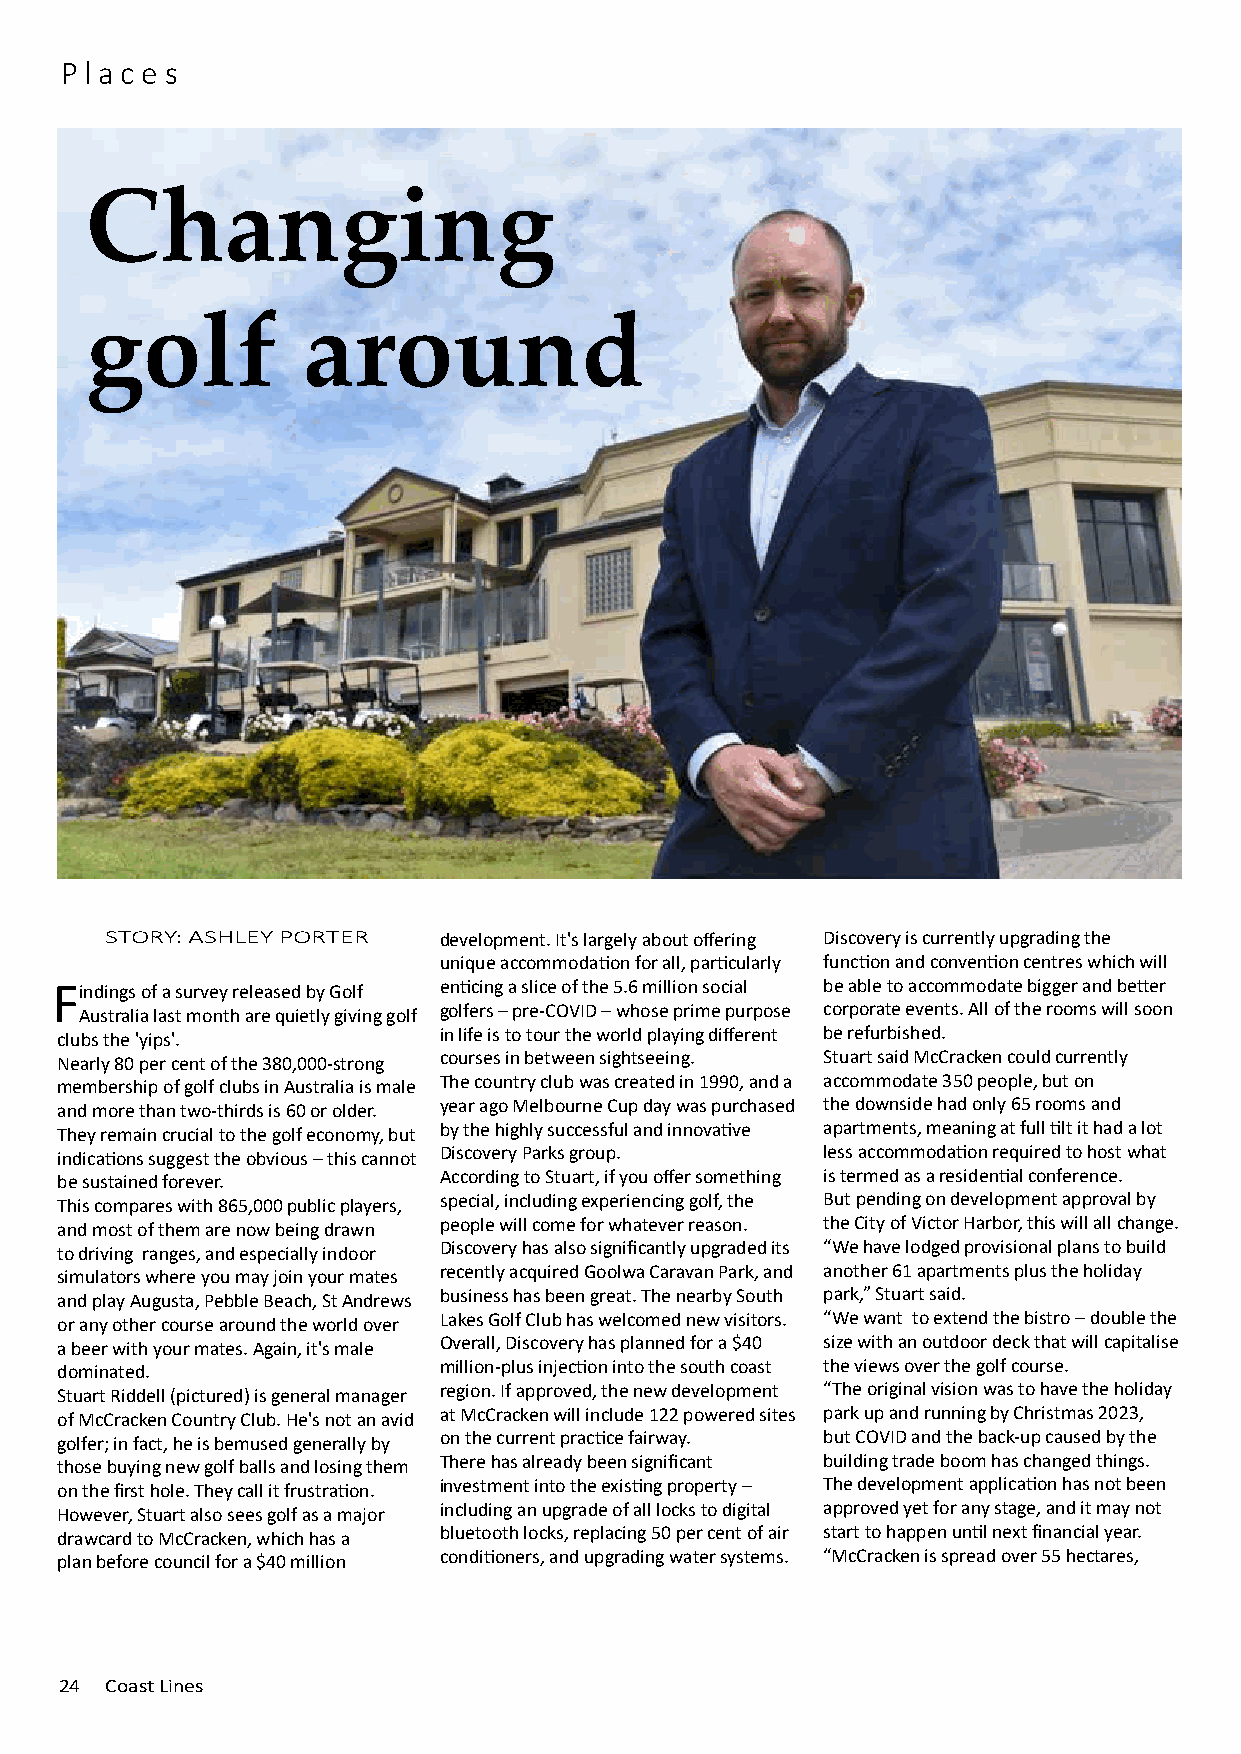
P l a c e s
 Changing
 golf          around
 Golf clubs are needing to find better ways to attract new players because today's
 generation is turning to reality golf games. Victor Harbor needs better accommodation.
 The McCracken Country Club is having a shot at both and it's a winner. It's...
 STORY: ASHLEY PORTER  development. It's largely about offering Discovery is currently upgrading the
 unique accommodation for all, particularly function and convention centres which will
 Findings of a survey released by Golf enticing a slice of the 5.6 million social be able to accommodate bigger and better
 Australia last month are quietly giving golf golfers – pre-COVID – whose prime purpose corporate events. All of the rooms will soon
 clubs the 'yips'.        in life is to tour the world playing different be refurbished.
 Nearly 80 per cent of the 380,000-strong courses in between sightseeing. Stuart said McCracken could currently
 membership of golf clubs in Australia is male The country club was created in 1990, and a accommodate 350 people, but on
 and more than two-thirds is 60 or older. year ago Melbourne Cup day was purchased the downside had only 65 rooms and
 They remain crucial to the golf economy, but by the highly successful and innovative apartments, meaning at full tilt it had a lot
 indications suggest the obvious – this cannot Discovery Parks group. less accommodation required to host what
 be sustained forever.    According to Stuart, if you offer something is termed as a residential conference.
 This compares with 865,000 public players, special, including experiencing golf, the But pending on development approval by
 and most of them are now being drawn people will come for whatever reason. the City of Victor Harbor, this will all change.
 to driving ranges, and especially indoor Discovery has also significantly upgraded its “We have lodged provisional plans to build
 simulators where you may join your mates recently acquired Goolwa Caravan Park, and another 61 apartments plus the holiday
 and play Augusta, Pebble Beach, St Andrews business has been great. The nearby South park,” Stuart said.
 or any other course around the world over Lakes Golf Club has welcomed new visitors. “We want to extend the bistro – double the
 a beer with your mates. Again, it's male Overall, Discovery has planned for a $40 size with an outdoor deck that will capitalise
 dominated.               million-plus injection into the south coast the views over the golf course.
 Stuart Riddell (pictured) is general manager region. If approved, the new development “The original vision was to have the holiday
 of McCracken Country Club. He's not an avid at McCracken will include 122 powered sites park up and running by Christmas 2023,
 golfer; in fact, he is bemused generally by on the current practice fairway. but COVID and the back-up caused by the
 those buying new golf balls and losing them There has already been significant building trade boom has changed things.
 on the first hole. They call it frustration. investment into the existing property – The development application has not been
 However, Stuart also sees golf as a major including an upgrade of all locks to digital approved yet for any stage, and it may not
 drawcard to McCracken, which has a bluetooth locks, replacing 50 per cent of air start to happen until next financial year.
 plan before council for a $40 million conditioners, and upgrading water systems. “McCracken is spread over 55 hectares,
 2244 CCooaasstt LLiinneess